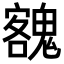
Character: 𩳼